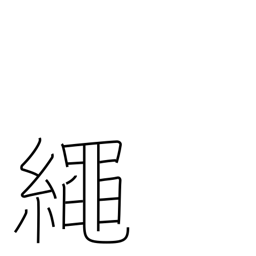
Meaning: cord